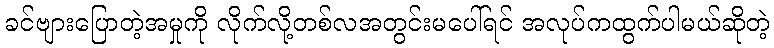
ခင်ဗျားပြောတဲ့အမှုကို လိုက်လို့တစ်လအတွင်းမပေါ်ရင် အလုပ်ကထွက်ပါမယ်ဆိုတဲ့